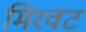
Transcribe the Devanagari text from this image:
मिरवट